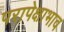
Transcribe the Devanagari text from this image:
परापेक्षाभाव